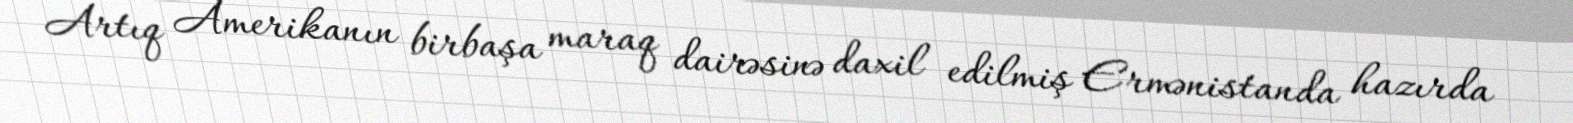
Artıq Amerikanın birbaşa maraq dairəsinə daxil edilmiş Ermənistanda hazırda